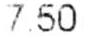
7.50